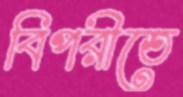
বিপরীতে